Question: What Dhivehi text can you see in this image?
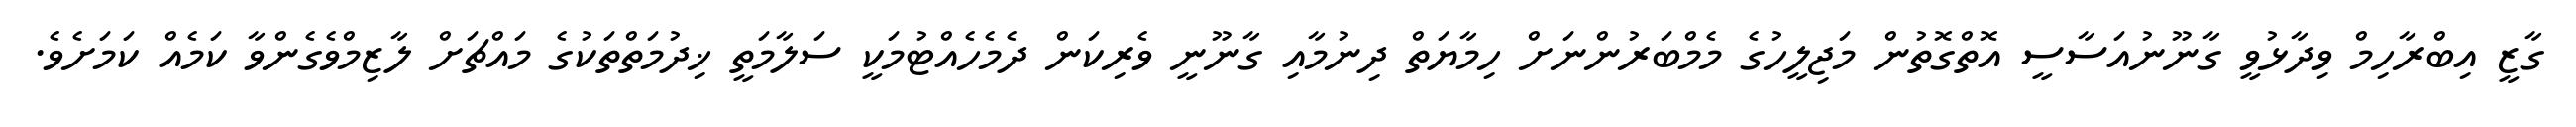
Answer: ގާޒީ އިބްރާހިމް ވިދާޅުވީ ގާނޫނުއަސާސީ އޮތްގޮތުން މަޖިލީހުގެ މެމްބަރުންނަށް ހިމާޔަތް ދިނުމާއި ގާނޫނީ ވެރިކަން ދެމެހެއްޓުމަކީ ސަލާމަތީ ޚިދުމަތްތަކުގެ މައްޗަށް ލާޒިމްވެގެންވާ ކަމެއް ކަމަށެވެ.